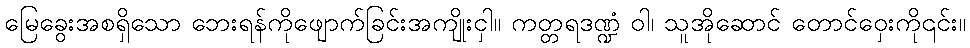
မြေခွေးအစရှိသော ဘေးရန်ကိုဖျောက်ခြင်းအကျိုးငှါ။ ကတ္တရဒဏ္ဍံ ဝါ၊ သူအိုဆောင် တောင်ဝှေးကို၎င်း။